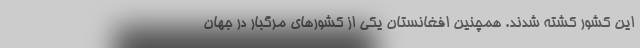
این کشور کشته شدند. همچنین افغانستان یکی از کشورهای مرگبار در جهان